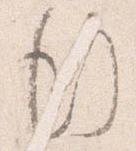
行